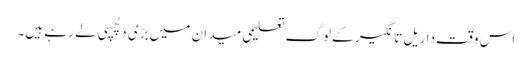
اس وقت داریل تانگیر کے لوگ تعلیمی میدان میں بڑی دلچسپی لے رہے ہیں۔